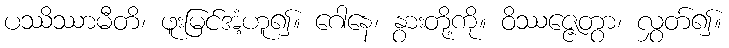
ပဿိဿာမီတိ၊ ဖူးမြင်အံ့ဟူ၍။ ဂေါနေ၊ နွားတို့ကို။ ဝိဿဇ္ဇေတွာ၊ လွှတ်၍။